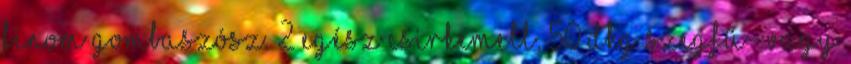
finom gombaszósz. 2 egész csirkemell, 50 dkg szegfű- vagy